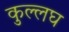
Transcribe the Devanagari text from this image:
कुल्लघ